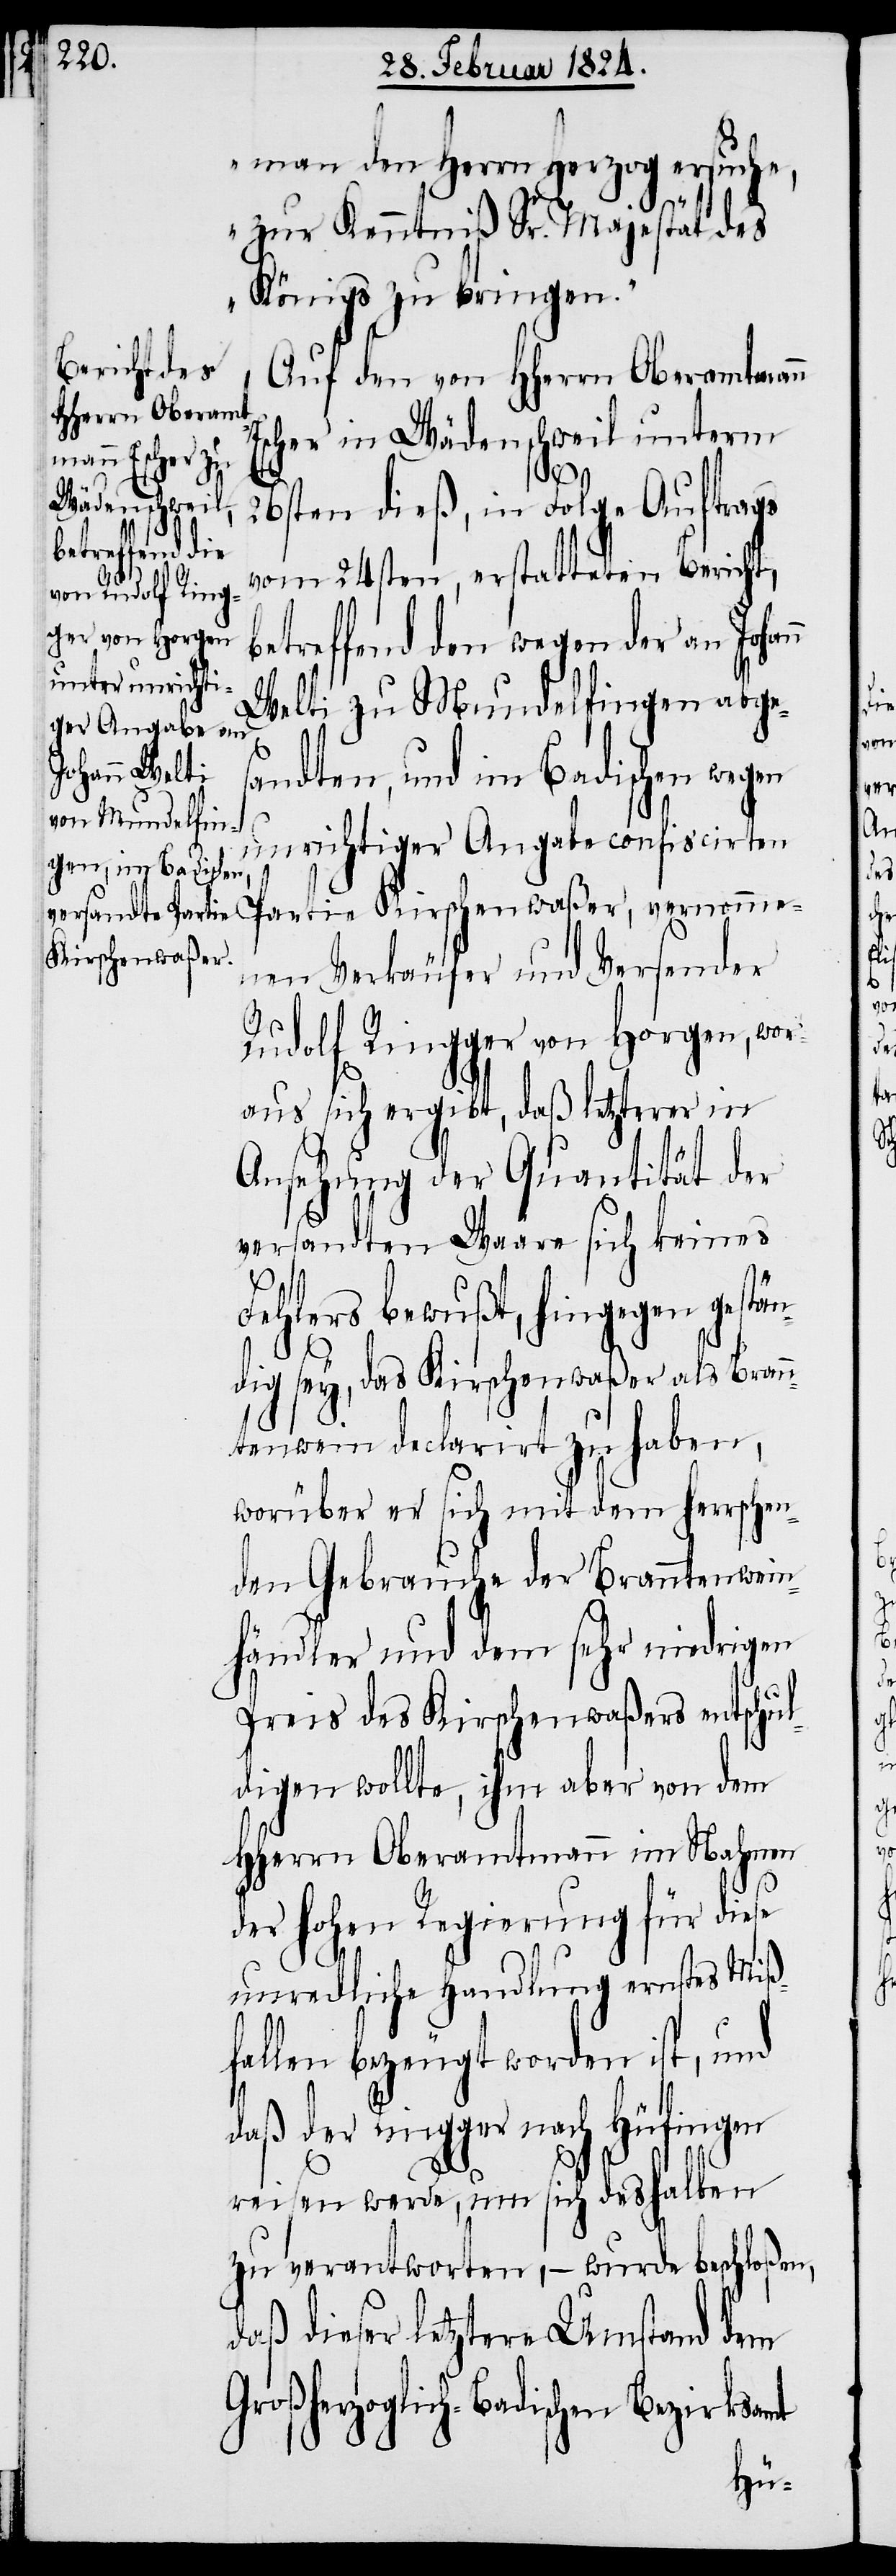
man den Herrn Herzog ersuche,
zur Kenntniß Sr. Majestät des
Königs zu bringen.“
Auf den von HHerrn Oberamtmann
Escher in Wädenschweil unterm
n
26sten dieß, in Folge Auftrags
vom 24sten, erstatteten Bericht,
betreffend den wegen der an Johan¬
Welti zu Mundelfingen anges¬
andten, und im Badischen wegen
unrichtiger Angabe confiscirten
Kirschenwaßer,
Verkäufer und Versender
Rudolf Rinnger von Horgen, wor¬
aus sich ergibt, daß letzterer in
Ansehung der Quantität der
versandten Waare sich keines
Fehlers bewußt, hingegen gestän¬
dig sey, das Kirschenwaßer als Bran¬
ntenwein declarirt zu haben,
worüber er sich mit dem herrschen¬
den Gebrauche der Branntenwein¬
händler und dem sehr niedrigen
Preis des Kirschenwaßers entschul¬
digen wollte, ihm aber von dem
HHerrn Oberamtmann im Nahmen
der hohen Regierung für diese
unredliche Handlung ernstes Miß¬
fallen bezeugt worden ist, und
daß der Ringger nach Hüfingen
reisen werde, um sich deshalben
zu verantworten, – wurde beschloßen,
daß dieser letztere Umstand dem
Großherzoglich-Badischen Bezirksamt